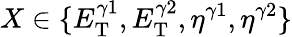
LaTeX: X\in\{ E_{\mathrm{T}}^{\gamma 1},E_{\mathrm{T}}^{\gamma 2},\eta^{\gamma 1},\eta^{\gamma 2}\}